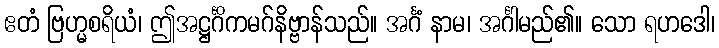
ဧတံ ဗြဟ္မစရိယံ၊ ဤအဋ္ဌင်္ဂိကမဂ်နိဗ္ဗာန်သည်။ အင်္ဂံ နာမ၊ အင်္ဂါမည်၏။ သော ရဟဒေါ၊